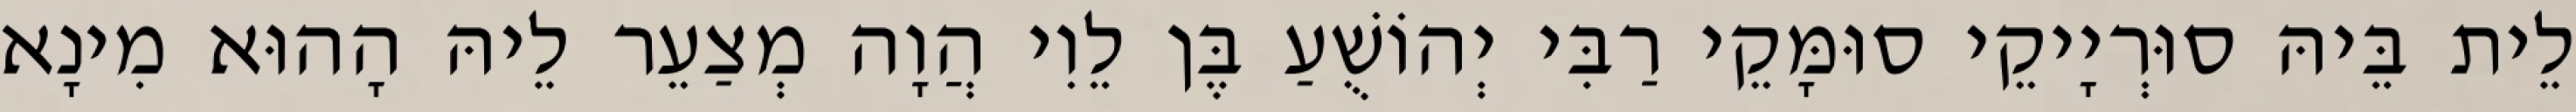
לֵית בֵּיהּ סוּרְיָיקֵי סוּמָּקֵי רַבִּי יְהוֹשֻׁעַ בֶּן לֵוִי הֲוָה מְצַעֵר לֵיהּ הָהוּא מִינָא